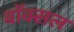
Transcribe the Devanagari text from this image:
वॉक्‍सल